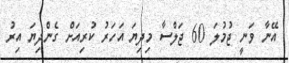
އޭނާ ވަނީ ޖުމުލަ 60 ޖަލްސާ މިދިޔަ އަހަރު ކުރިއަށް ގެންދިޔަ އިރު